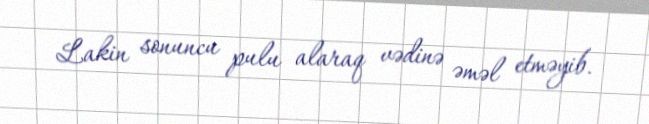
Lakin sonuncu pulu alaraq vədinə əməl etməyib.